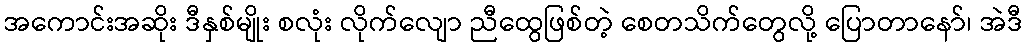
အကောင်းအဆိုး ဒီနှစ်မျိုး စလုံး လိုက်လျော ညီထွေဖြစ်တဲ့ စေတသိက်တွေလို့ ပြောတာနော်၊ အဲဒီ